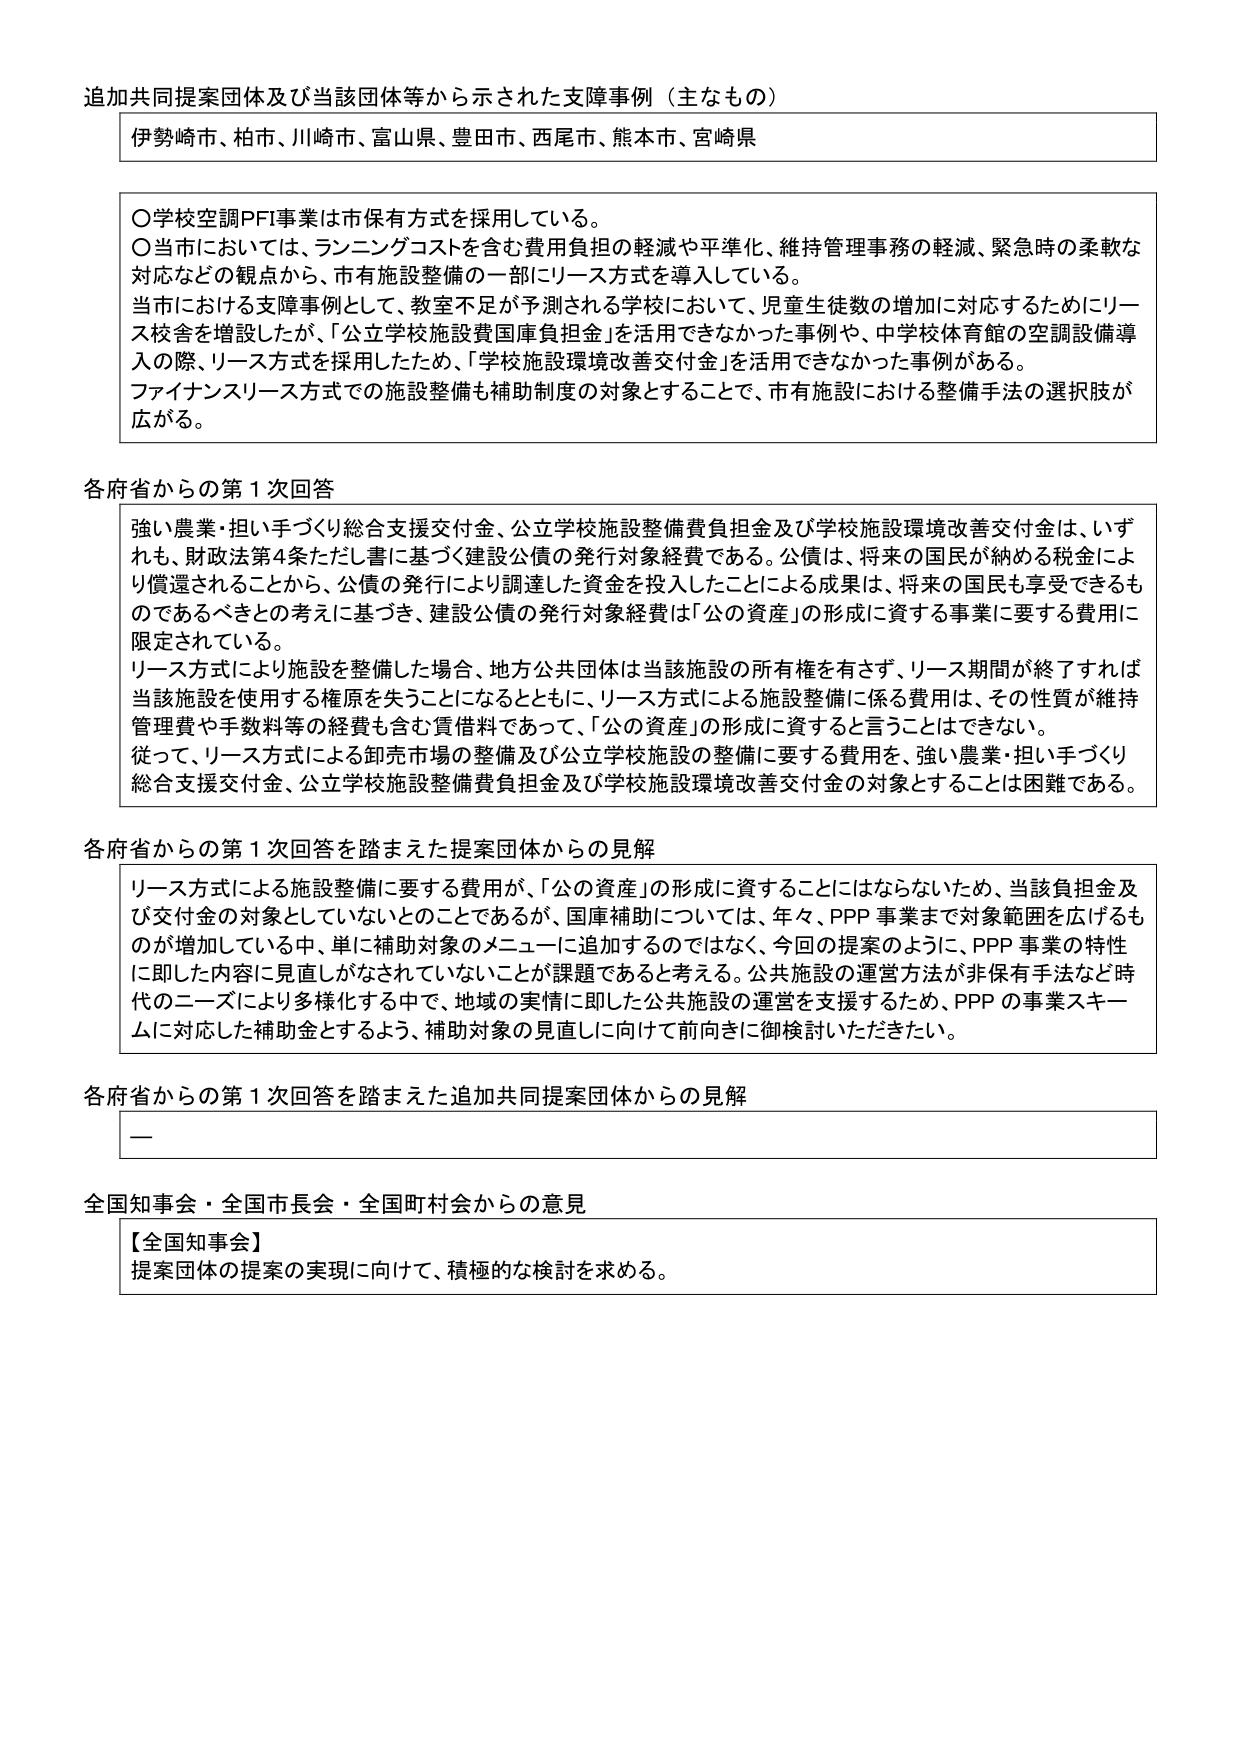
追加共同提案団体及び当該団体等から示された支障事例（主なもの）

伊勢崎市、柏市、川崎市、富山県、豊田市、西尾市、熊本市、宮崎県

〇学校空調PFI事業は市保有方式を採用している。
〇当市においては、ランニングコストを含む費用負担の軽減や平準化、維持管理事務の軽減、緊急時の柔軟な対応などの観点から、市有施設整備の一部にリース方式を導入している。
当市における支障事例として、教室不足が予測される学校において、児童生徒数の増加に対応するためにリース校舎を増設したが、「公立学校施設費国庫負担金」を活用できなかった事例や、中学校体育館の空調設備導入の際、リース方式を採用したため、「学校施設環境改善交付金」を活用できなかった事例がある。
ファイナンスリース方式での施設整備も補助制度の対象とすることで、市有施設における整備手法の選択肢が広がる。

各府省からの第1次回答

強い農業・担い手づくり総合支援交付金、公立学校施設整備費負担金及び学校施設環境改善交付金は、いずれも、財政法第4条ただし書に基づく建設公債の発行対象経費である。公債は、将来の国民が納める税金により償還されることから、公債の発行により調達した資金を投入したことによる成果は、将来の国民も享受できるものであるべきとの考えに基づき、建設公債の発行対象経費は「公の資産」の形成に資する事業に要する費用に限定されている。
リース方式により施設を整備した場合、地方公共団体は当該施設の所有権を有さず、リース期間が終了すれば当該施設を使用する権原を失うことになるとともに、リース方式による施設整備に係る費用は、その性質が維持管理費や手数料等の経費も含む賃借料であって、「公の資産」の形成に資すると言うことはできない。
従って、リース方式による卸売市場の整備及び公立学校施設の整備に要する費用を、強い農業・担い手づくり総合支援交付金、公立学校施設整備費負担金及び学校施設環境改善交付金の対象とすることは困難である。

各府省からの第1次回答を踏まえた提案団体からの見解

リース方式による施設整備に要する費用が、「公の資産」の形成に資することにはならないため、当該負担金及び交付金の対象としていないとのことであるが、国庫補助については、年々、PPP事業まで対象範囲を広げるものが増加している中、単に補助対象のメニューに追加するのではなく、今回の提案のように、PPP事業の特性に即した内容に見直しがなされていないことが課題であると考える。公共施設の運営方法が非保有手法など時代のニーズにより多様化する中で、地域の実情に即した公共施設の運営を支援するため、PPPの事業スキームに対応した補助金とするよう、補助対象の見直しに向けて前向きに御検討いただきたい。

各府省からの第1次回答を踏まえた追加共同提案団体からの見解

—

全国知事会・全国市長会・全国町村会からの意見

【全国知事会】
提案団体の提案の実現に向けて、積極的な検討を求める。